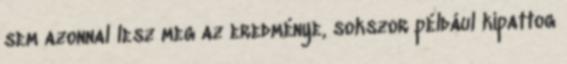
sem azonnal lesz meg az eredménye, sokszor például kipattog